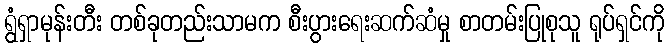
ရွံရှာမုန်းတီး တစ်ခုတည်းသာမက စီးပွားရေးဆက်ဆံမှု စာတမ်းပြုစုသူ ရုပ်ရှင်ကို